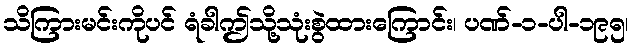
သိကြားမင်းကိုပင် ရံခါဤသို့သုံးစွဲထားကြောင်း၊ ပဏ်-၁-ပါ-၁၉၅၊